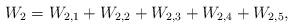
LaTeX: \begin{align*}W_2=W_{2,1}+W_{2,2}+W_{2,3}+W_{2,4}+W_{2,5},\end{align*}